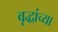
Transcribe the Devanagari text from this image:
वृद्धांच्या